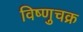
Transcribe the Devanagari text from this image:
विष्णुचक्र